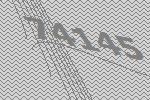
74145